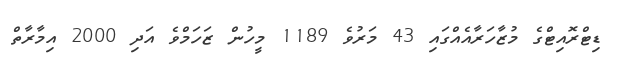
ޑިޓްރޮއިޓްގެ މުޒާހަރާއެއްގައި 43 މަރުވެ 1189 މީހުން ޒަހަމްވެ އަދި 2000 އިމާރާތް